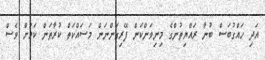
އަދި ހައްގުބަސް ބުނާ ރައްޔިތުންގެ މިނިވަންކަން ފޭރިގަންނަން މަސައްކަތް ކުރާތަން ކަމަށް ވެސް